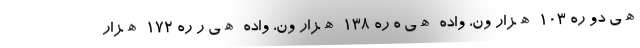
ھی دو ره ۱۰۳ ھزار ون، واده ھی ه ره ۱۳۸ ھزار ون، واده ھی ر ره ۱۷۲ ھزار